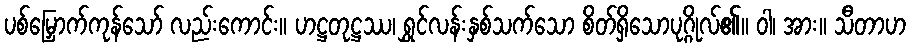
ပစ်မြှောက်ကုန်သော် လည်းကောင်း။ ဟဋ္ဌတုဋ္ဌဿ၊ ရွှင်လန်းနှစ်သက်သော စိတ်ရှိသောပုဂ္ဂိုလ်၏။ ဝါ၊ အား။ သီတာဟ